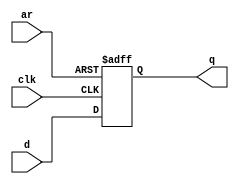
module top_module (
    input clk,
    input d, 
    input ar,   // asynchronous reset
    output q);


    always @ (posedge clk or posedge ar)
    begin
        
        if (ar == 1'b1) q <= 1'b0;
        
        else q <= d;
    end


endmodule